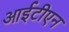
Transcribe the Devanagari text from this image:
आईटीएन